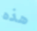
هذه